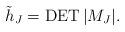
LaTeX: \begin{gather*} {\tilde{h}}_{J} =\operatorname{DET} \vert M_{J} \vert. \end{gather*}